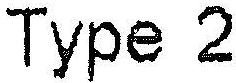
TYPE 2